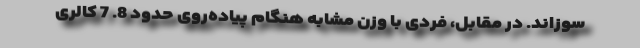
سوزاند. در مقابل، فردی با وزن مشابه هنگام پیاده‌روی حدود 8. 7 کالری